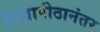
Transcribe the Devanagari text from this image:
विद्यापीठानंतर